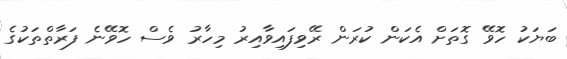
ބަޔަކު ހޮވޭ ގޮތަށް އެކަން ކުރަން ރޭވިފައިވާއިރު މިހާރު ވެސް ހޮވޭނެ ފަރާތްތަކުގެ